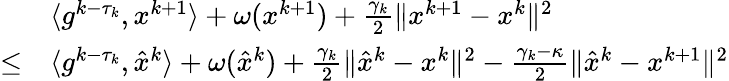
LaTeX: \begin{array}{rl}&{\langle g^{k-\tau_{k}},x^{k+1}\rangle+\omega(x^{k+1})+\frac{\gamma_{k}}{2}\| x^{k+1}-x^{k}\| ^{2}}\\ {\leq}&{\langle g^{k-\tau_{k}},\hat{x}^{k}\rangle+\omega(\hat{x}^{k})+\frac{\gamma_{k}}{2}\| \hat{x}^{k}-x^{k}\| ^{2}-\frac{\gamma_{k}-\kappa}{2}\| \hat{x}^{k}-x^{k+1}\| ^{2}}\end{array}